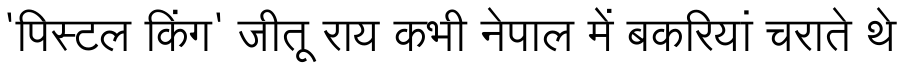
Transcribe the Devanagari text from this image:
'पिस्टल किंग' जीतू राय कभी नेपाल में बकरियां चराते थे